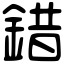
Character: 錯